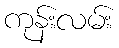
ကုန်းလမ်း